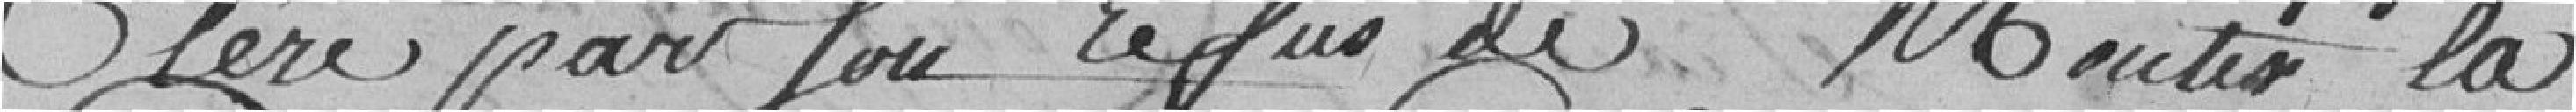
Père par son refus de mentir la